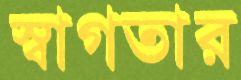
স্বাগতার